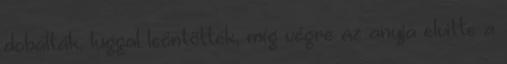
dobálták, luggal leöntötték, míg végre az anyja elvitte a